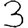
Digit: 3